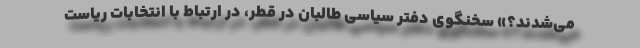
می‌شدند؟» سخنگوی دفتر سیاسی طالبان در قطر، در ارتباط با انتخابات ریاست